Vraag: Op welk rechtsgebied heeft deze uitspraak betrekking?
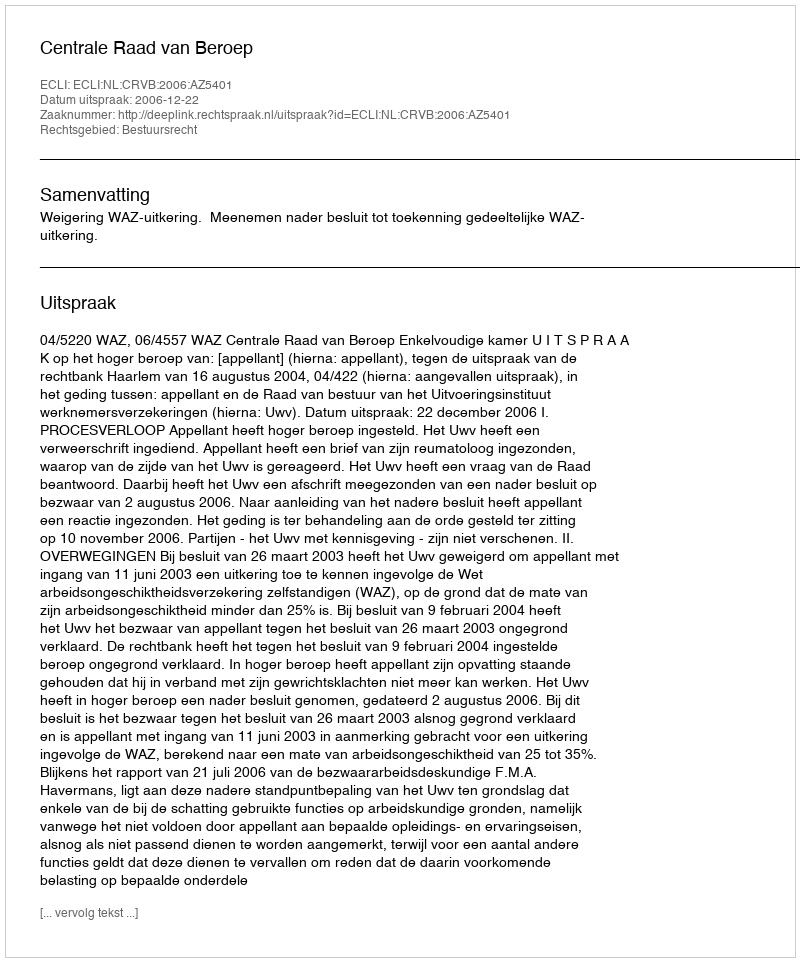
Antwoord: Bestuursrecht